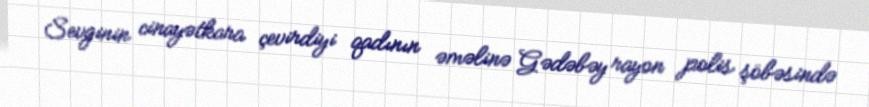
Sevginin cinayətkara çevirdiyi qadının əməlinə Gədəbəy rayon polis şöbəsində